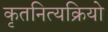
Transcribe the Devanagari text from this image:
कृतनित्यक्रियो